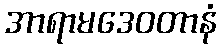
အာရာမဒေဝတာနံ